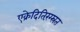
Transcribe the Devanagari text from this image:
एक्रेदितिरंग्स्रत